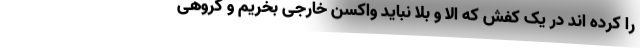
را کرده اند در یک کفش که الا و بلا نباید واکسن خارجی بخریم و گروهی